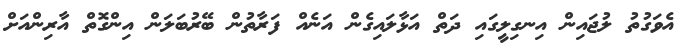
އެވަގުތު ލުޖައިން އިނގިލީގައި ދަތް އަޅާލައިގެން އަނެއް ފަރާތުން ބޭރުބަލަން އިންގޮތް އާރިންއަށް